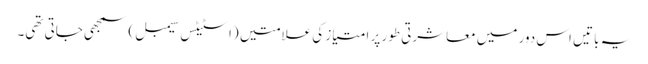
یہ باتیں اس دور میں معاشرتی طور پر امتیاز کی علامتیں (اسٹیٹس سیمبل) سمجھی جاتی تھی۔